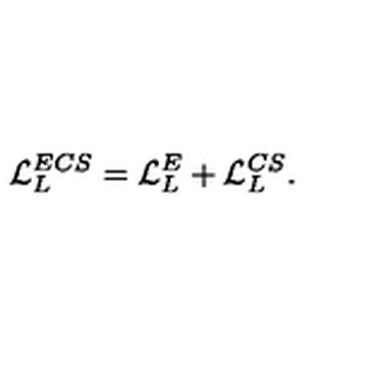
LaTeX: { \cal L } _ { L } ^ { E C S } = { \cal L } _ { L } ^ { E } + { \cal L } _ { L } ^ { C S } .